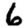
Digit: 6